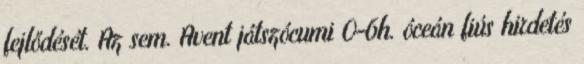
fejlődését. Az sem. Avent játszócumi 0-6h. óceán fiús hirdetés